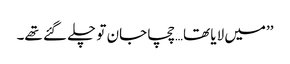
’’میں لایا تھا…چچا جان تو چلے گئے تھے۔